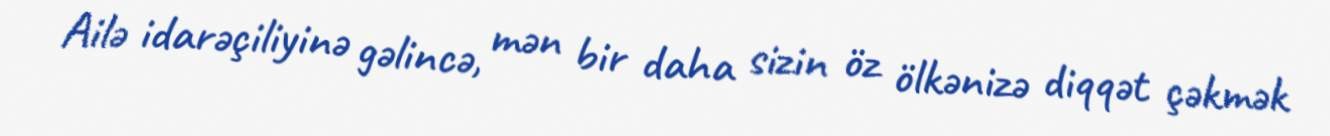
Ailə idarəçiliyinə gəlincə, mən bir daha sizin öz ölkənizə diqqət çəkmək